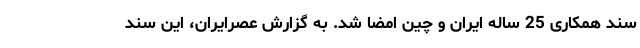
سند همکاری 25 ساله ایران و چین امضا شد. به گزارش عصرایران، این سند